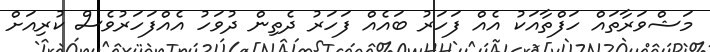
މަޝްވަރާތައް ހަފްތާއަކު އެއް ފަހަރު ބައެއް ފަހަރު ދެތިން ދުވަހު އެއްފަހަރުވެސް ކުރިއަށް